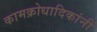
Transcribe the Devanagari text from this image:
कामक्रोधादिकांनीं